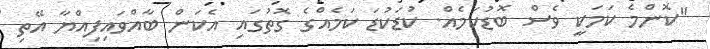
"ކޮންމެ ކަމަކީ ވެސް ބޮޑުކަމެއް. ކުޑަކުޑަ ކަމެއްގެ ގޮތުގައި އެކަން ބާއްވައިފިއްޔާ އޭތި